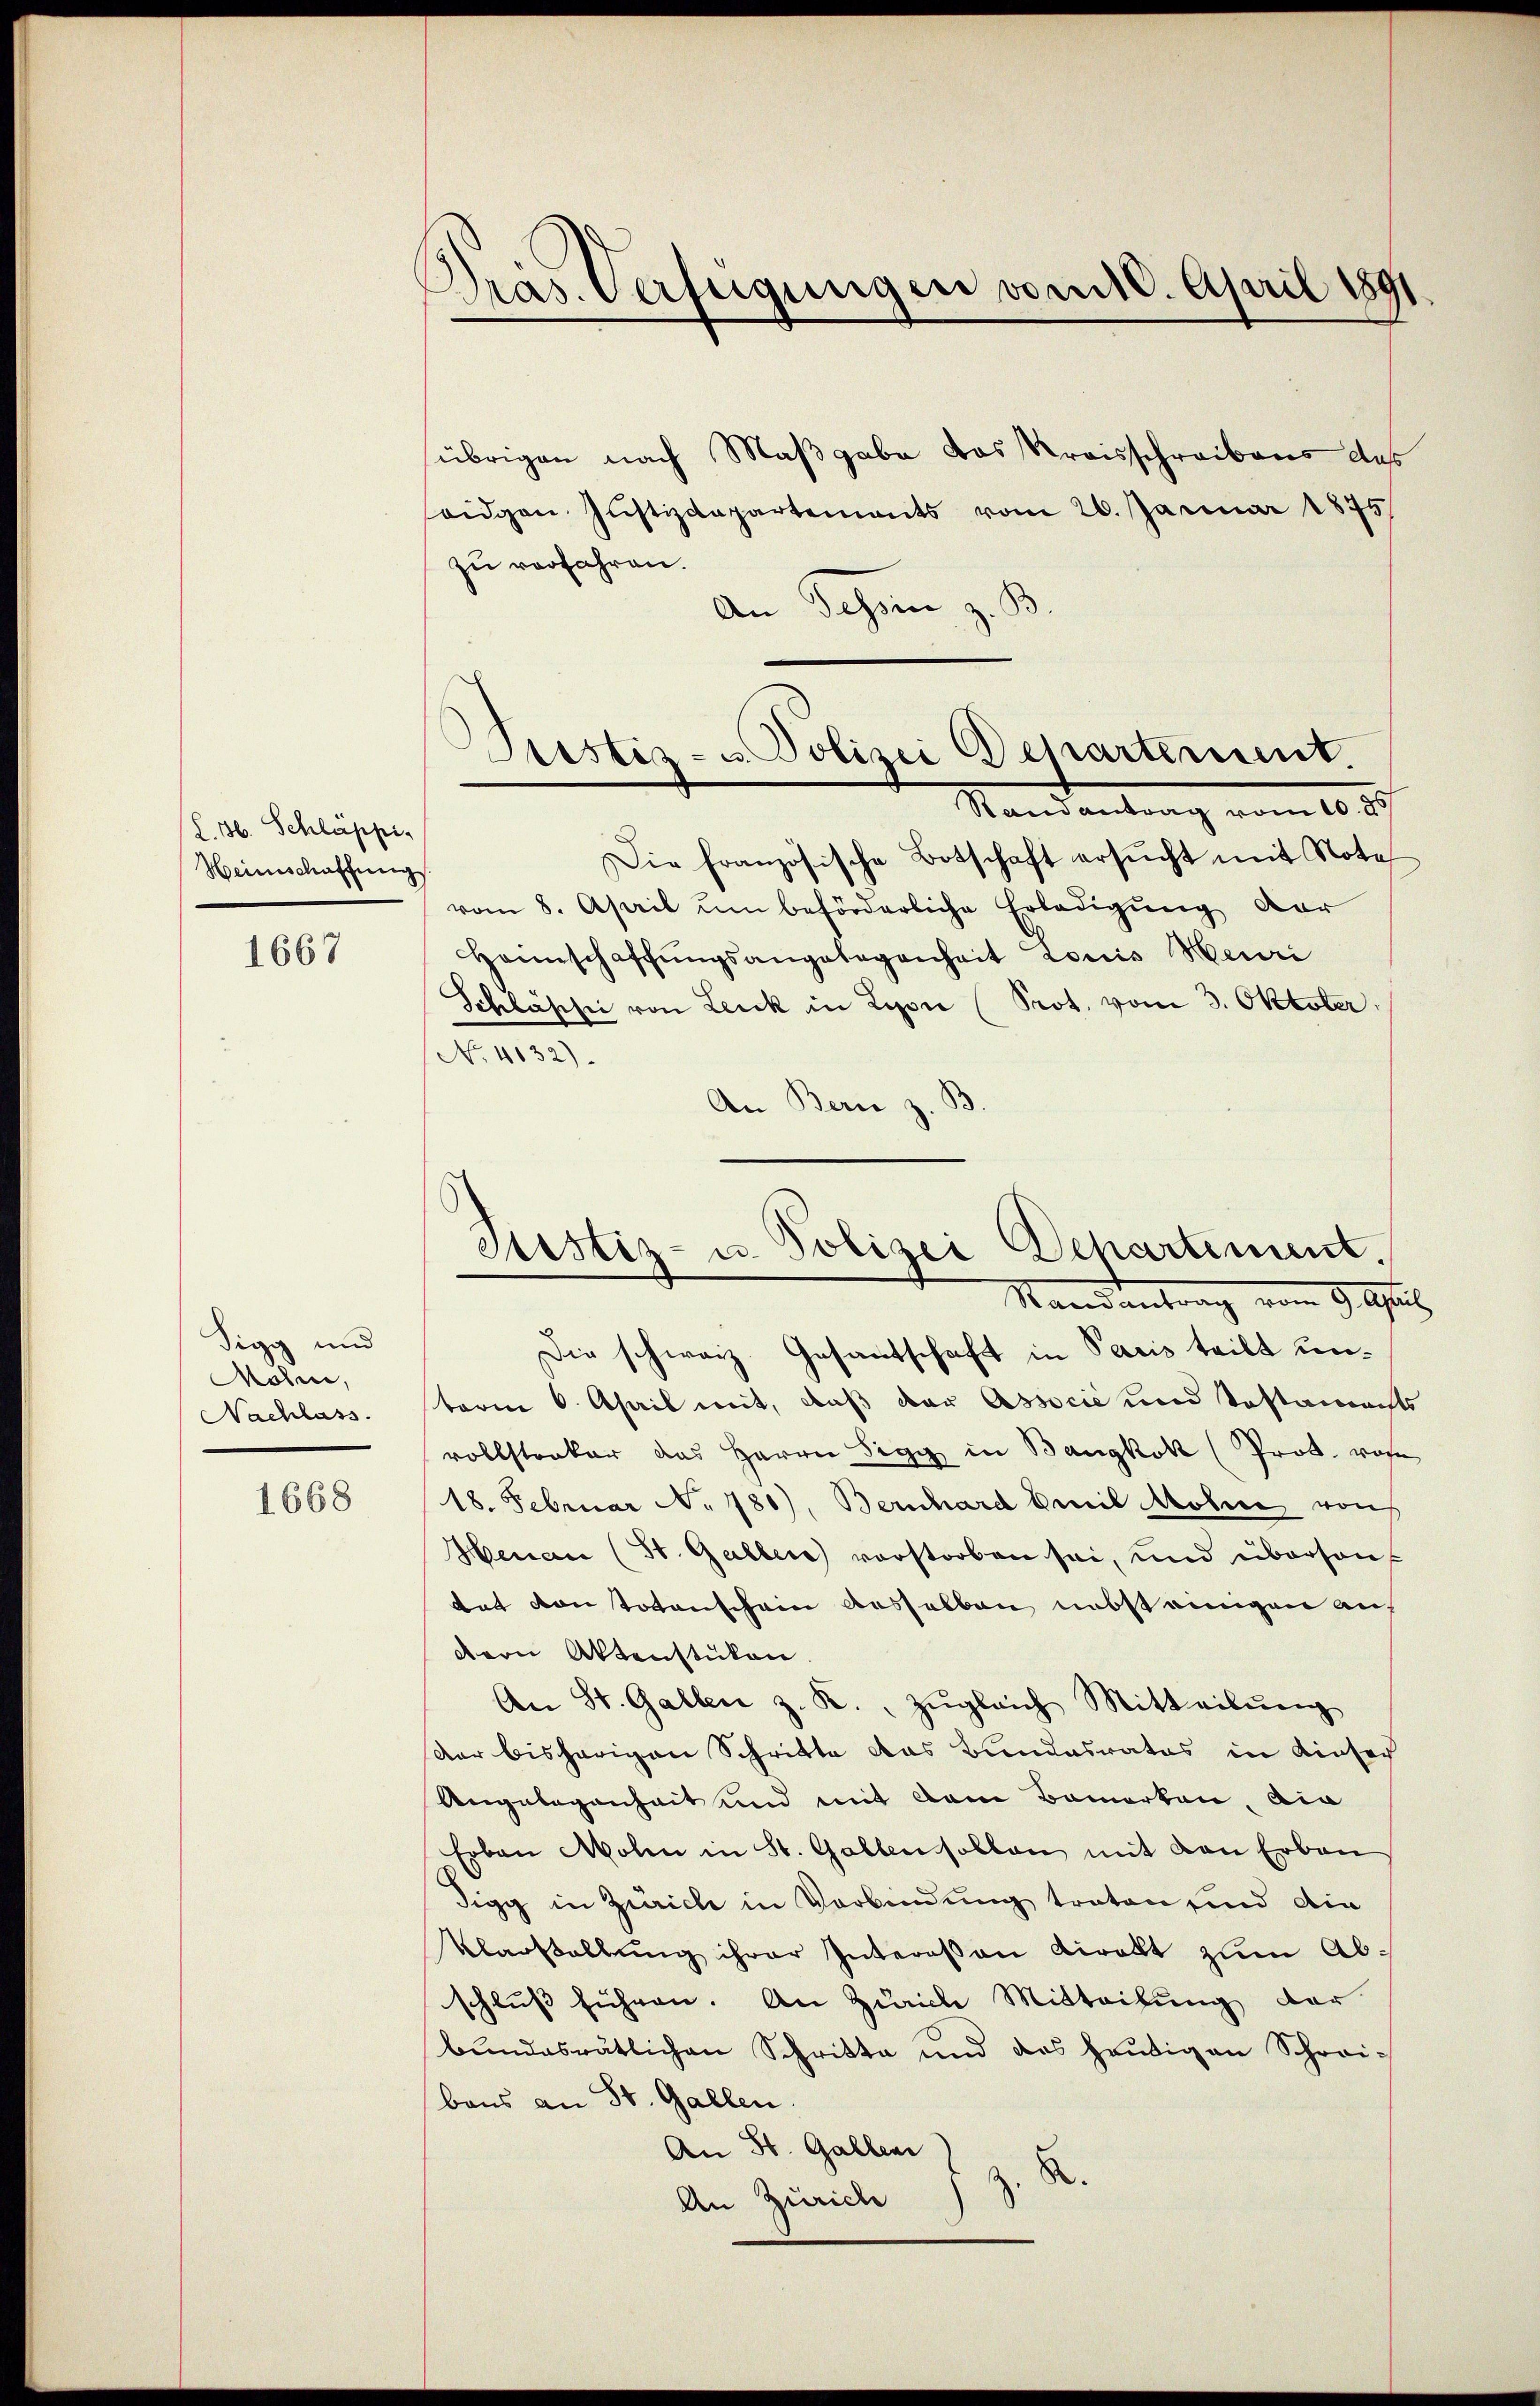
(S. 36. Schläppi,
Heinschaffungs

1667

Sigg und
Mohn,
Nachlass.

1668

Dras. Verfügungen vom 10. April 1891

übrigen nach Maßgabe das Kreisschreibens das
eidgen. Justizdepartements vom 26. Januar 1875
zu verfahren.
An Schen z. B.
Die französische Botschaft ersŭcht mit Note
vom 8. April ŭm beförderliche Erledigŭng dar
Haunschaffŭngsangelegenheit Louis Meuri
Schläsche von Leick in Lyon (Prot. vom 3. Oktober
No. 4132).
An Bern z. S

Justiz- u. Polizei Departement.
Randantrag vom 10. 30

Justiz- u. Polizei Departement.
Randantrag vom 9. Aug

Die schweiz. Gesandtschaft in Pacis teilt unterm 6. April mit, daß der Associe und Testamachts
vollstreker das Herrn Sigg in Bangkok (Prot. von
18. Februar No. 780), Bernhard Emil Molice von
Henau (St. Galler verstorben sei, und übersanf
tat von Totenschein desselben nebsteingen auf
dern Aktenstüken.
An St. Gallen z. R. Zŭgleich Mitteilŭng
der bisherigen Schritte das Bundesrates in dieser
Angelegenheit und mit dem Bemerken, die
Erben Molen in St. Gallen sollen mit den Erbau
Sigg in Zürich in Verbindung traten und die
Kasallŭng ihrer Intereßan viralt zum Ab-
schluß führen. An Zürich Mitteilung der
bŭndesrätlichen Schritte und des heŭtigen Schrei-
baus an St. Gallen.
An St. Gallen J. z. B.
An Zürich